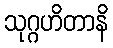
သုဂ္ဂဟိတာနိ